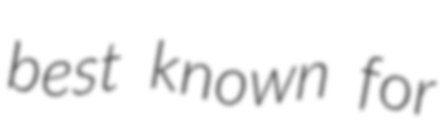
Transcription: best known for